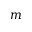
m